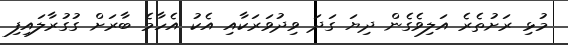
މުޅި ރަށުތެރެ އަލިވެގެން ދިޔަ ގަދަ ވިދުވަރަކާއި އެކު އެހާމެ ބާރަށް ގުގުރާލައިފި